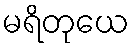
မရိတုယေ